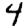
Digit: 4